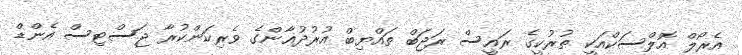
އެރޯލް އޮލްސަކްއަކީ ތުރުކީގެ ރައީސް ރަޖަބް ތައްޔިބް އުރުދުޣާންގެ ވެރިކަންކުރާ ޖަސްޓިސް އެންޑް